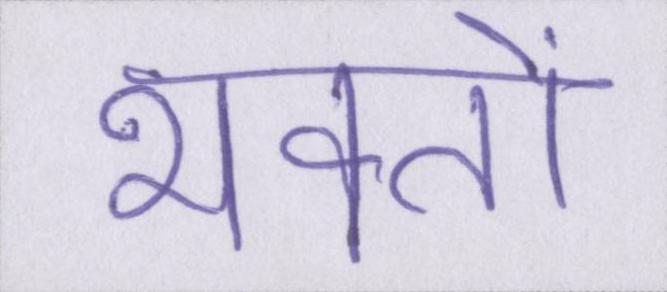
भक्तों